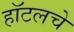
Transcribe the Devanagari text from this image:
हॉटलचे